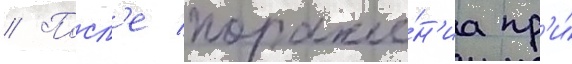
// Посл'е пораже́н'иа пр'и́